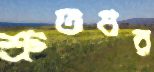
শ্রুতধর